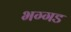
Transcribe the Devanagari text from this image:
भग्‍गड